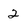
Character: 2